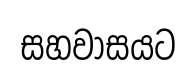
සහවාසයට